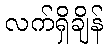
လက်ရှိချိန်